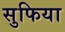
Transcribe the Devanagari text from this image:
सुफिया